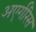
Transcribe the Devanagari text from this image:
अएर्गरिस